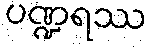
ပဏ္ဍရဿ